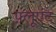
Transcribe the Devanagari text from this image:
फ़्लूएंट